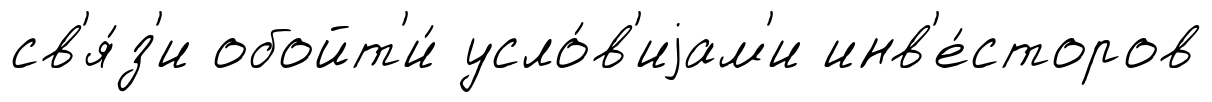
св'я́з'и обойт'и́ усло́в'иjам'и инв'е́сторов